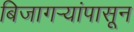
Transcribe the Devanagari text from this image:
बिजागऱ्यांपासून